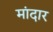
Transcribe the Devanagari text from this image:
मांदार